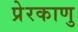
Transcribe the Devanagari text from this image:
प्रेरकाणु